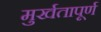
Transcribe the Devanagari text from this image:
मुर्खतापूर्ण